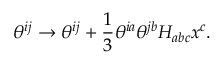
\theta ^ { i j } \to \theta ^ { i j } + { \frac { 1 } { 3 } } \theta ^ { i a } \theta ^ { j b } H _ { a b c } x ^ { c } .